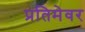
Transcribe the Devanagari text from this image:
प्रतिमेवर